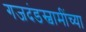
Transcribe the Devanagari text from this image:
गजदंडस्वामींच्या